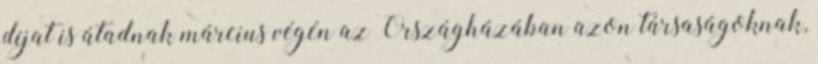
díjat is átadnak március végén az Országházában azon társaságoknak,